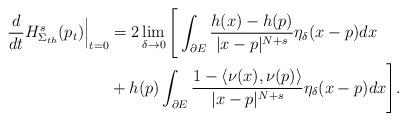
LaTeX: \begin{align*}\frac{d}{d t}H_{\Sigma_{th}}^s(p_t)\Big|_{t=0}& = 2\lim_{\delta \to 0}\Bigg[\int_{\partial E}\frac{h(x)-h(p)}{|x - p|^{N+s}} \eta_\delta(x-p) dx\\& +h(p)\int_{\partial E} \frac{1-\langle \nu(x) ,\nu(p) \rangle }{|x-p|^{N+s}}\eta_\delta(x-p) dx\Bigg] .\end{align*}